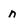
Character: n